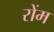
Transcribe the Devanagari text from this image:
रोंम